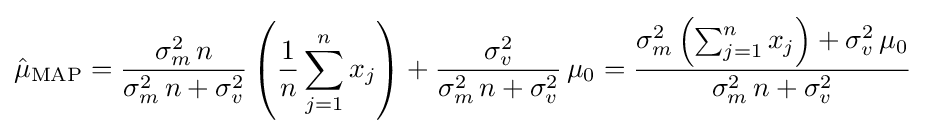
{\hat {\mu }}_{\mathrm {MAP} }={\frac {\sigma _{m}^{2}\,n}{\sigma _{m}^{2}\,n+\sigma _{v}^{2}}}\left({\frac {1}{n}}\sum _{j=1}^{n}x_{j}\right)+{\frac {\sigma _{v}^{2}}{\sigma _{m}^{2}\,n+\sigma _{v}^{2}}}\,\mu _{0}={\frac {\sigma _{m}^{2}\left(\sum _{j=1}^{n}x_{j}\right)+\sigma _{v}^{2}\,\mu _{0}}{\sigma _{m}^{2}\,n+\sigma _{v}^{2}}}